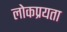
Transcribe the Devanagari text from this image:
लोकप्रयता